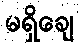
မရှိချေ